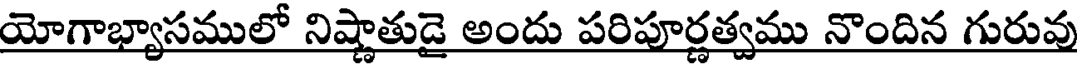
యోగాభ్యాసములో నిష్ణాతుడై అందు పరిపూర్ణత్వము నొందిన గురువు